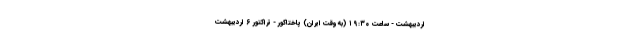
اردیبهشت - ساعت ۱۹:۳۰ (به وقت ایران) پاختاکور - تراکتور ۶ اردیبهشت